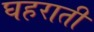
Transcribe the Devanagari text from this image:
घहराती